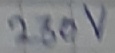
Text: 230V